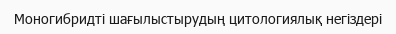
Моногибридті шағылыстырудың цитологиялық негіздері